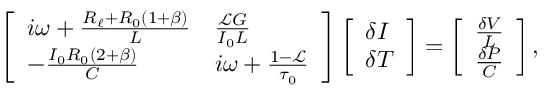
\left[ \begin{array} { l l } { i \omega + \frac { R _ { \ell } + R _ { 0 } ( 1 + \beta ) } { L } } & { \frac { \mathscr { L } G } { I _ { 0 } L } } \\ { - \frac { I _ { 0 } R _ { 0 } ( 2 + \beta ) } { C } } & { i \omega + \frac { 1 - \mathscr { L } } { \tau _ { 0 } } } \end{array} \right] \left[ \begin{array} { l } { \delta I } \\ { \delta T } \end{array} \right] = \left[ \begin{array} { l } { \frac { \delta V } { L } } \\ { \frac { \delta P } { C } } \end{array} \right] ,